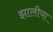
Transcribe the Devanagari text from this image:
झालीया